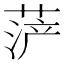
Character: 𱽼